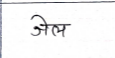
मजकूर: जेल